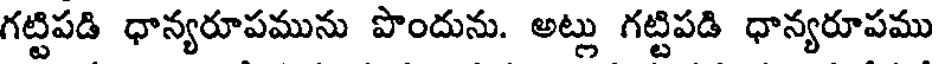
గట్టిపడి ధాన్యరూపమును పొందును. అట్లు గట్టిపడి ధాన్యరూపము